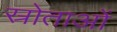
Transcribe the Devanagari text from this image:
स्रोताओं